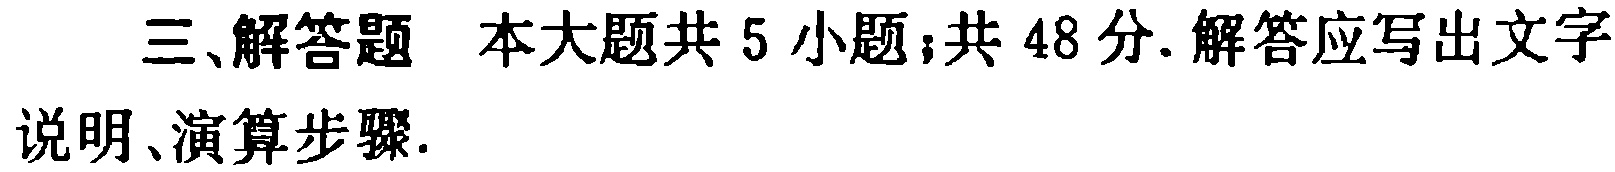
三、解答题 本大题共 5 小题；共 48 分. 解答应写出文字说明、演算步骤.